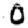
Digit: 0